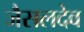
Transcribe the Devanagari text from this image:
जैसलदेव